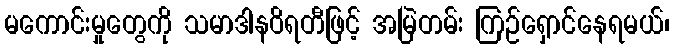
မကောင်းမှုတွေကို သမာဒါနဝိရတီဖြင့် အမြဲတမ်း ကြဉ်ရှောင်နေရမယ်၊